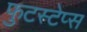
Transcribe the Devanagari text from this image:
फुटस्टेप्स